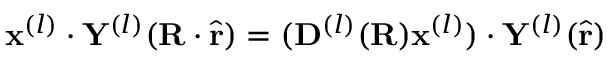
\mathbf { x } ^ { ( l ) } \cdot \mathbf { Y } ^ { ( l ) } ( \mathbf { R } \cdot \hat { \mathbf { r } } ) = ( \mathbf { D } ^ { ( l ) } ( \mathbf { R } ) \mathbf { x } ^ { ( l ) } ) \cdot \mathbf { Y } ^ { ( l ) } ( \hat { \mathbf { r } } )